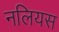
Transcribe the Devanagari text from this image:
नलियस